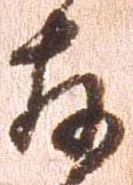
存